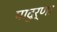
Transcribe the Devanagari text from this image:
पादुर्णा